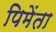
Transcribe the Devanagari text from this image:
पिमेंता